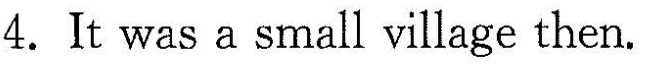
4. It was a small village then.